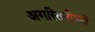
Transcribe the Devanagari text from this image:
अगस्तिनीयनों